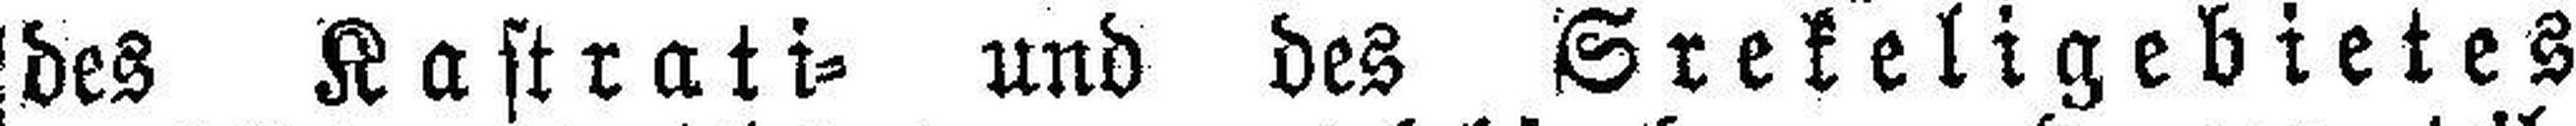
des Kastrati= und des Srekeligebietes